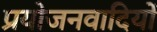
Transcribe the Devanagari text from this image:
प्रयोजनवादियों